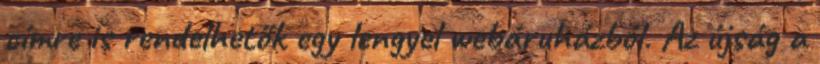
címre is rendelhetők egy lengyel webáruházból. Az újság a